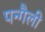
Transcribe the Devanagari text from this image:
पन्गैली